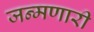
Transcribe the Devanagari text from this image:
जन्मणारी